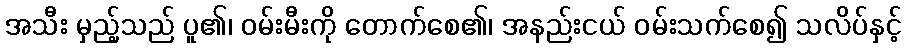
အသီး မှည့်သည် ပူ၏၊ ဝမ်းမီးကို တောက်စေ၏၊ အနည်းငယ် ဝမ်းသက်စေ၍ သလိပ်နှင့်